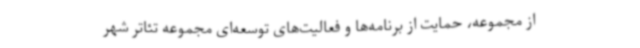
از مجموعه، حمایت از برنامه‌ها و فعالیت‌های توسعه‌ای مجموعه تئاتر شهر